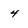
Character: 4